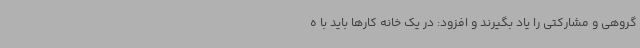
گروهی و مشارکتی را یاد بگیرند و افزود: در یک خانه کارها باید با ه